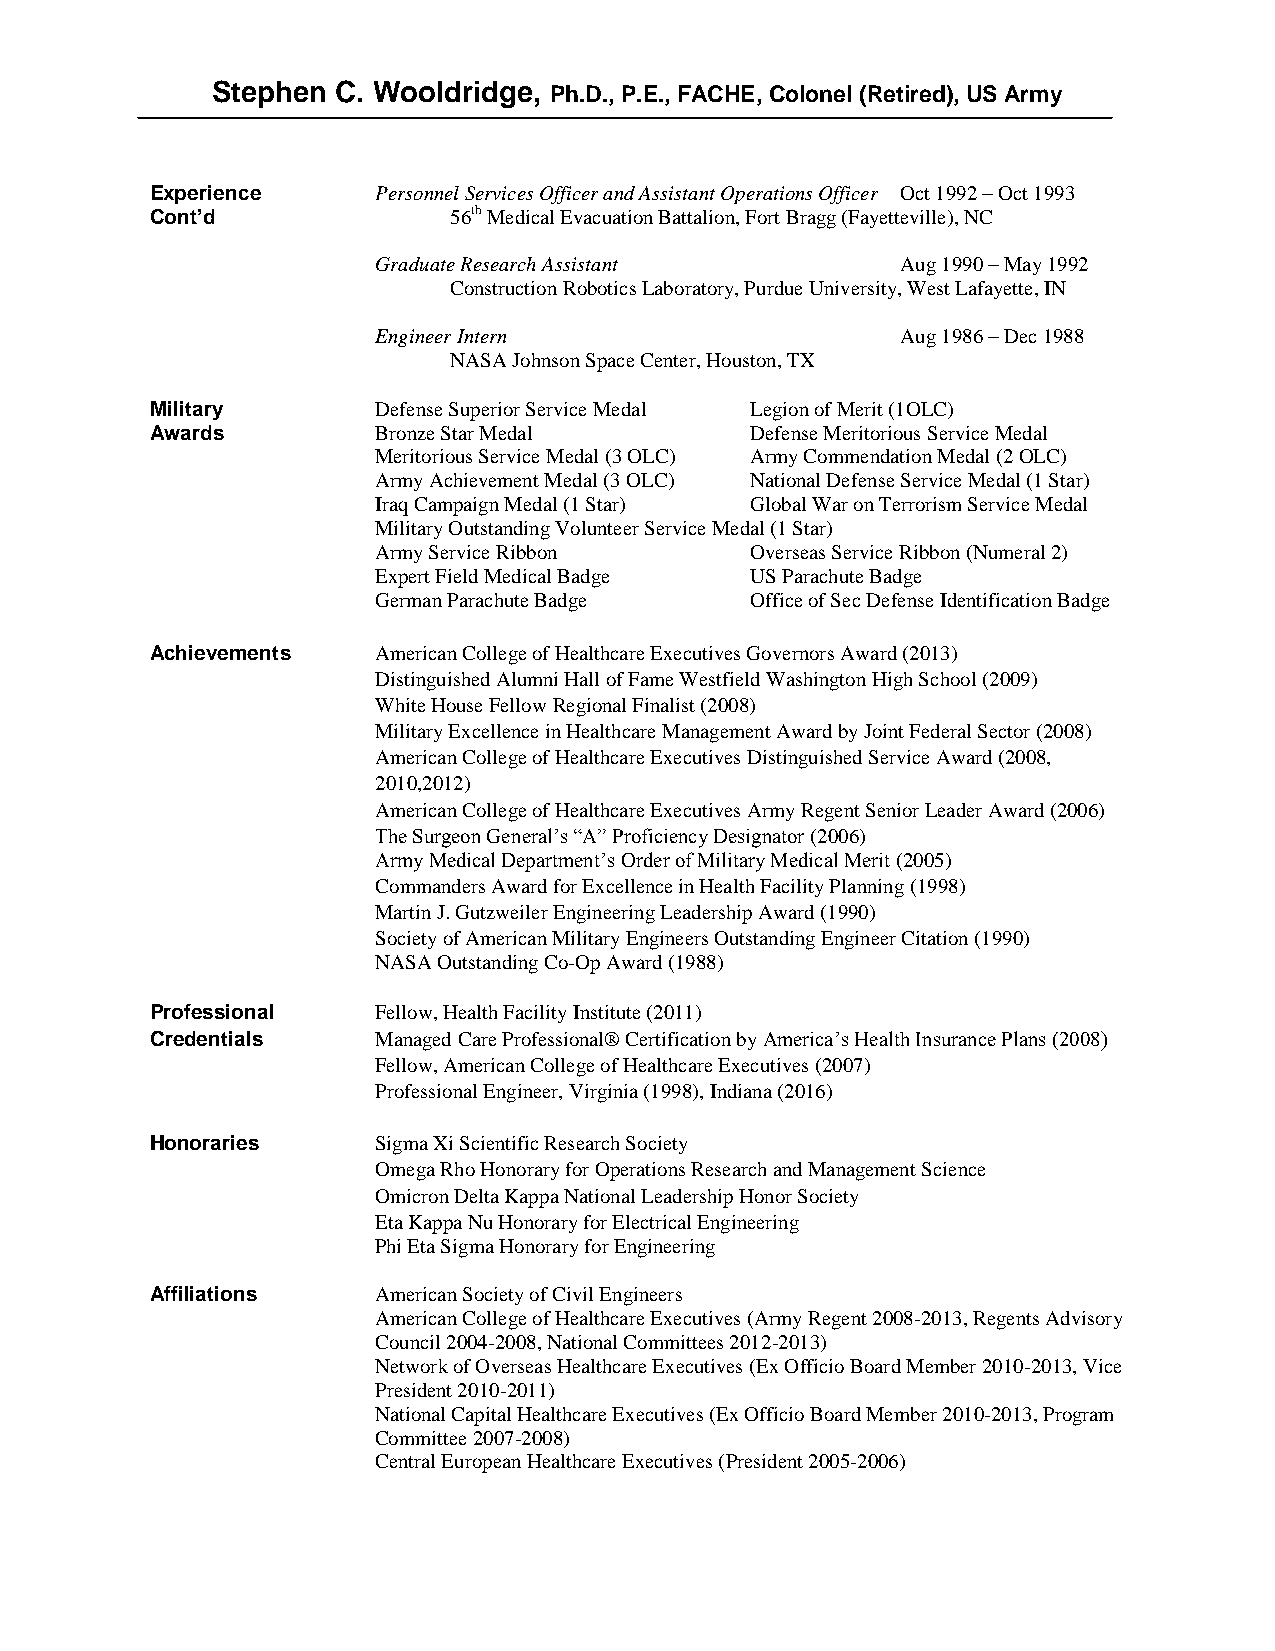
Stephen C. Wooldridge, Ph.D., P.E., FACHE, Colonel (Retired), US Army
 Experience     Personnel Services Officer and Assistant Operations Officer Oct 1992 – Oct 1993
 Cont’d              56th Medical Evacuation Battalion, Fort Bragg (Fayetteville), NC
 Graduate Research Assistant        Aug 1990 – May 1992
 Construction Robotics Laboratory, Purdue University, West Lafayette, IN
 Engineer Intern                    Aug 1986 – Dec 1988
 NASA Johnson Space Center, Houston, TX
 Military       Defense Superior Service Medal Legion of Merit (1OLC)
 Awards         Bronze Star Medal        Defense Meritorious Service Medal
 Meritorious Service Medal (3 OLC) Army Commendation Medal (2 OLC)
 Army Achievement Medal (3 OLC) National Defense Service Medal (1 Star)
 Iraq Campaign Medal (1 Star) Global War on Terrorism Service Medal
 Military Outstanding Volunteer Service Medal (1 Star)
 Army Service Ribbon      Overseas Service Ribbon (Numeral 2)
 Expert Field Medical Badge US Parachute Badge
 German Parachute Badge   Office of Sec Defense Identification Badge
 Achievements   American College of Healthcare Executives Governors Award (2013)
 Distinguished Alumni Hall of Fame Westfield Washington High School (2009)
 White House Fellow Regional Finalist (2008)
 Military Excellence in Healthcare Management Award by Joint Federal Sector (2008)
 American College of Healthcare Executives Distinguished Service Award (2008,
 2010,2012)
 American College of Healthcare Executives Army Regent Senior Leader Award (2006)
 The Surgeon General’s “A” Proficiency Designator (2006)
 Army Medical Department’s Order of Military Medical Merit (2005)
 Commanders Award for Excellence in Health Facility Planning (1998)
 Martin J. Gutzweiler Engineering Leadership Award (1990)
 Society of American Military Engineers Outstanding Engineer Citation (1990)
 NASA Outstanding Co-Op Award (1988)
 Professional   Fellow, Health Facility Institute (2011)
 Credentials    Managed Care Professional® Certification by America’s Health Insurance Plans (2008)
 Fellow, American College of Healthcare Executives (2007)
 Professional Engineer, Virginia (1998), Indiana (2016)
 Honoraries     Sigma Xi Scientific Research Society
 Omega Rho Honorary for Operations Research and Management Science
 Omicron Delta Kappa National Leadership Honor Society
 Eta Kappa Nu Honorary for Electrical Engineering
 Phi Eta Sigma Honorary for Engineering
 Affiliations   American Society of Civil Engineers
 American College of Healthcare Executives (Army Regent 2008-2013, Regents Advisory
 Council 2004-2008, National Committees 2012-2013)
 Network of Overseas Healthcare Executives (Ex Officio Board Member 2010-2013, Vice
 President 2010-2011)
 National Capital Healthcare Executives (Ex Officio Board Member 2010-2013, Program
 Committee 2007-2008)
 Central European Healthcare Executives (President 2005-2006)